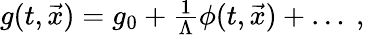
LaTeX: \begin{array}{r}{g(t,\vec{x})=g_{0}+\frac{1}{\Lambda}\phi(t,\vec{x})+\ldots\ ,}\end{array}